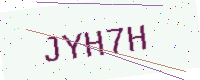
Text: JYH7H